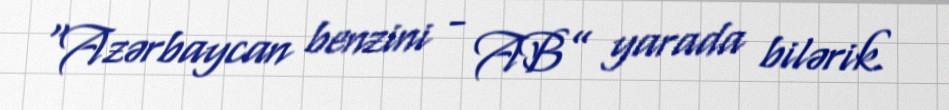
“Azərbaycan benzini - AB” yarada bilərik.